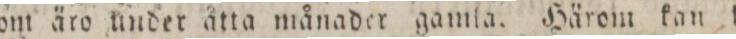
ſom äro under åtta månader gamla. Härom kan kor=